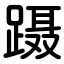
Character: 蹑